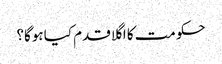
حکومت کا اگلا قدم کیا ہوگا؟